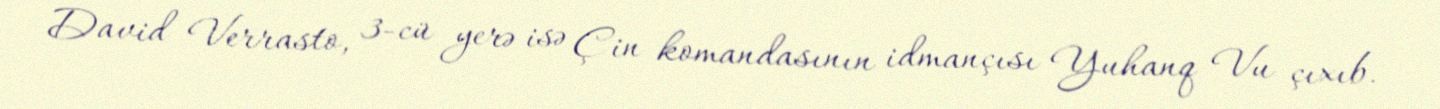
David Verrasto, 3-cü yerə isə Çin komandasının idmançısı Yuhanq Vu çıxıb.